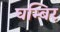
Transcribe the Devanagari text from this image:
घम्बिर